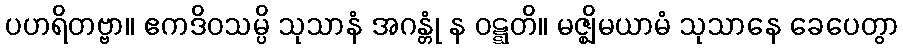
ပဟရိတဗ္ဗာ။ ဧကဒိဝသမ္ပိ သုသာနံ အဂန္တုံ န ဝဋ္ဋတိ။ မဇ္ဈိမယာမံ သုသာနေ ခေပေတွာ